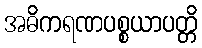
အဓိကရဏပစ္စယာပတ္တိ